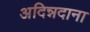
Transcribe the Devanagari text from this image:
अदिन्नदाना